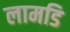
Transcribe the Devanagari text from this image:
लामडि